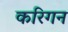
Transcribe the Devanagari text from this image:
करिगन